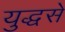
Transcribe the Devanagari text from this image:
युद्धसे